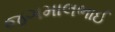
જગમાલભાઈ